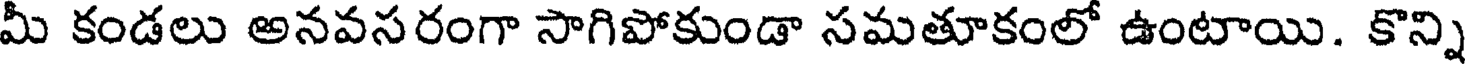
మీ కండలు అనవసరంగా సాగిపోకుండా సమతూకంలో ఉంటాయి. కొన్ని